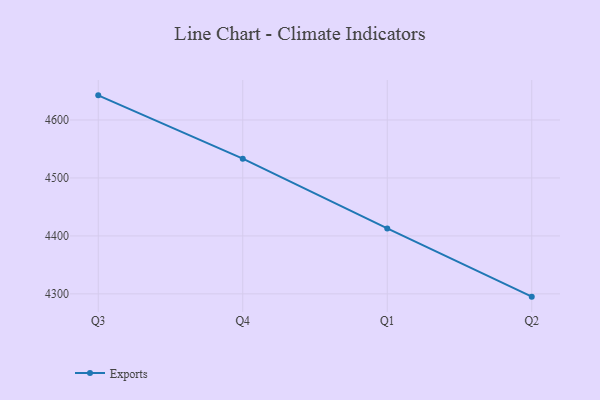
{"axis": {"x": "Quarter", "y": "Inventory Turnover"}, "legend": ["Exports"], "data": [{"x": "Q3", "y": 4642.5, "type": "Exports"}, {"x": "Q4", "y": 4533.2, "type": "Exports"}, {"x": "Q1", "y": 4412.9, "type": "Exports"}, {"x": "Q2", "y": 4295.2, "type": "Exports"}]}